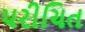
પરીચિત